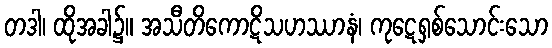
တဒါ၊ ထိုအခါ၌။ အသီတိကောဋိသဟဿာနံ၊ ကုဋေရှစ်သောင်းသော